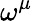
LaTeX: \omega^{\mu}